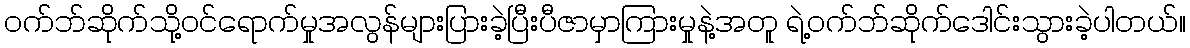
ဝက်ဘ်ဆိုက်သို့ဝင်ရောက်မှုအလွန်များပြားခဲ့ပြီးပီဇာမှာကြားမှုနဲ့အတူ ရဲ့ဝက်ဘ်ဆိုက်ဒေါင်းသွားခဲ့ပါတယ်။